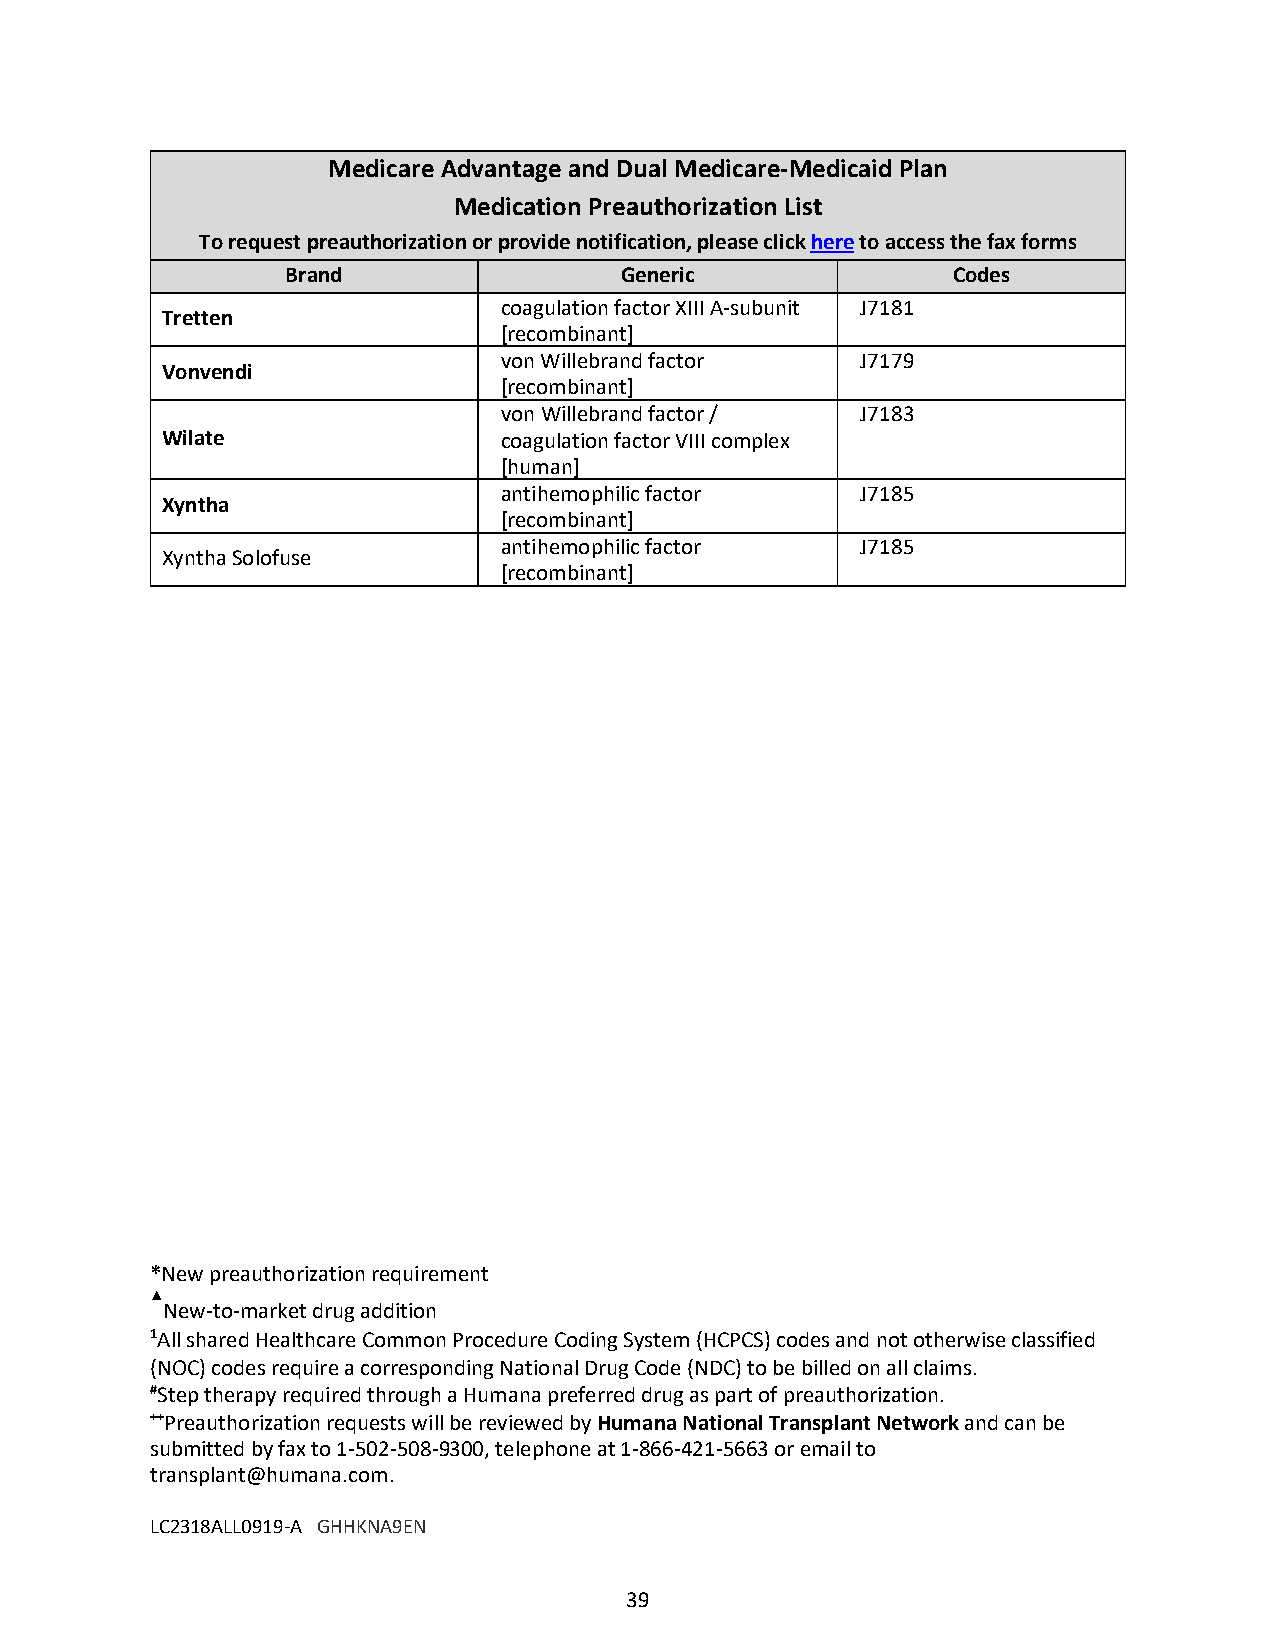
Medicare Advantage and Dual Medicare-Medicaid Plan
 Medication Preauthorization List
 To request preauthorization or provide notification, please click here to access the fax forms
 Brand                 Generic               Codes
 coagulation factor XIII A-subunit J7181
 Tretten
 [recombinant]
 von Willebrand factor   J7179
 Vonvendi
 [recombinant]
 von Willebrand factor / J7183
 Wilate                coagulation factor VIII complex
 [human]
 antihemophilic factor   J7185
 Xyntha
 [recombinant]
 antihemophilic factor   J7185
 Xyntha Solofuse
 [recombinant]
 *New preauthorization requirement
 ▲
 New-to-market drug addition
 1All shared Healthcare Common Procedure Coding System (HCPCS) codes and not otherwise classified
 (NOC) codes require a corresponding National Drug Code (NDC) to be billed on all claims.
 #Step therapy required through a Humana preferred drug as part of preauthorization.
 ++Preauthorization requests will be reviewed by Humana National Transplant Network and can be
 submitted by fax to 1-502-508-9300, telephone at 1-866-421-5663 or email to
 transplant@humana.com.
 LC2318ALL0919-A GHHKNA9EN
 39